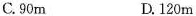
C.90m D.120m